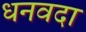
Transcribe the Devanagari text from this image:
धनवदा